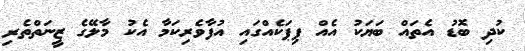
ކުދި ބޮޑު އެތައް ބަޔަކު އެއް ޕިޕަކެއްގައި އުފާވެރިކަމާ އެކު މާލޭގެ ޒީނަތްތެރި